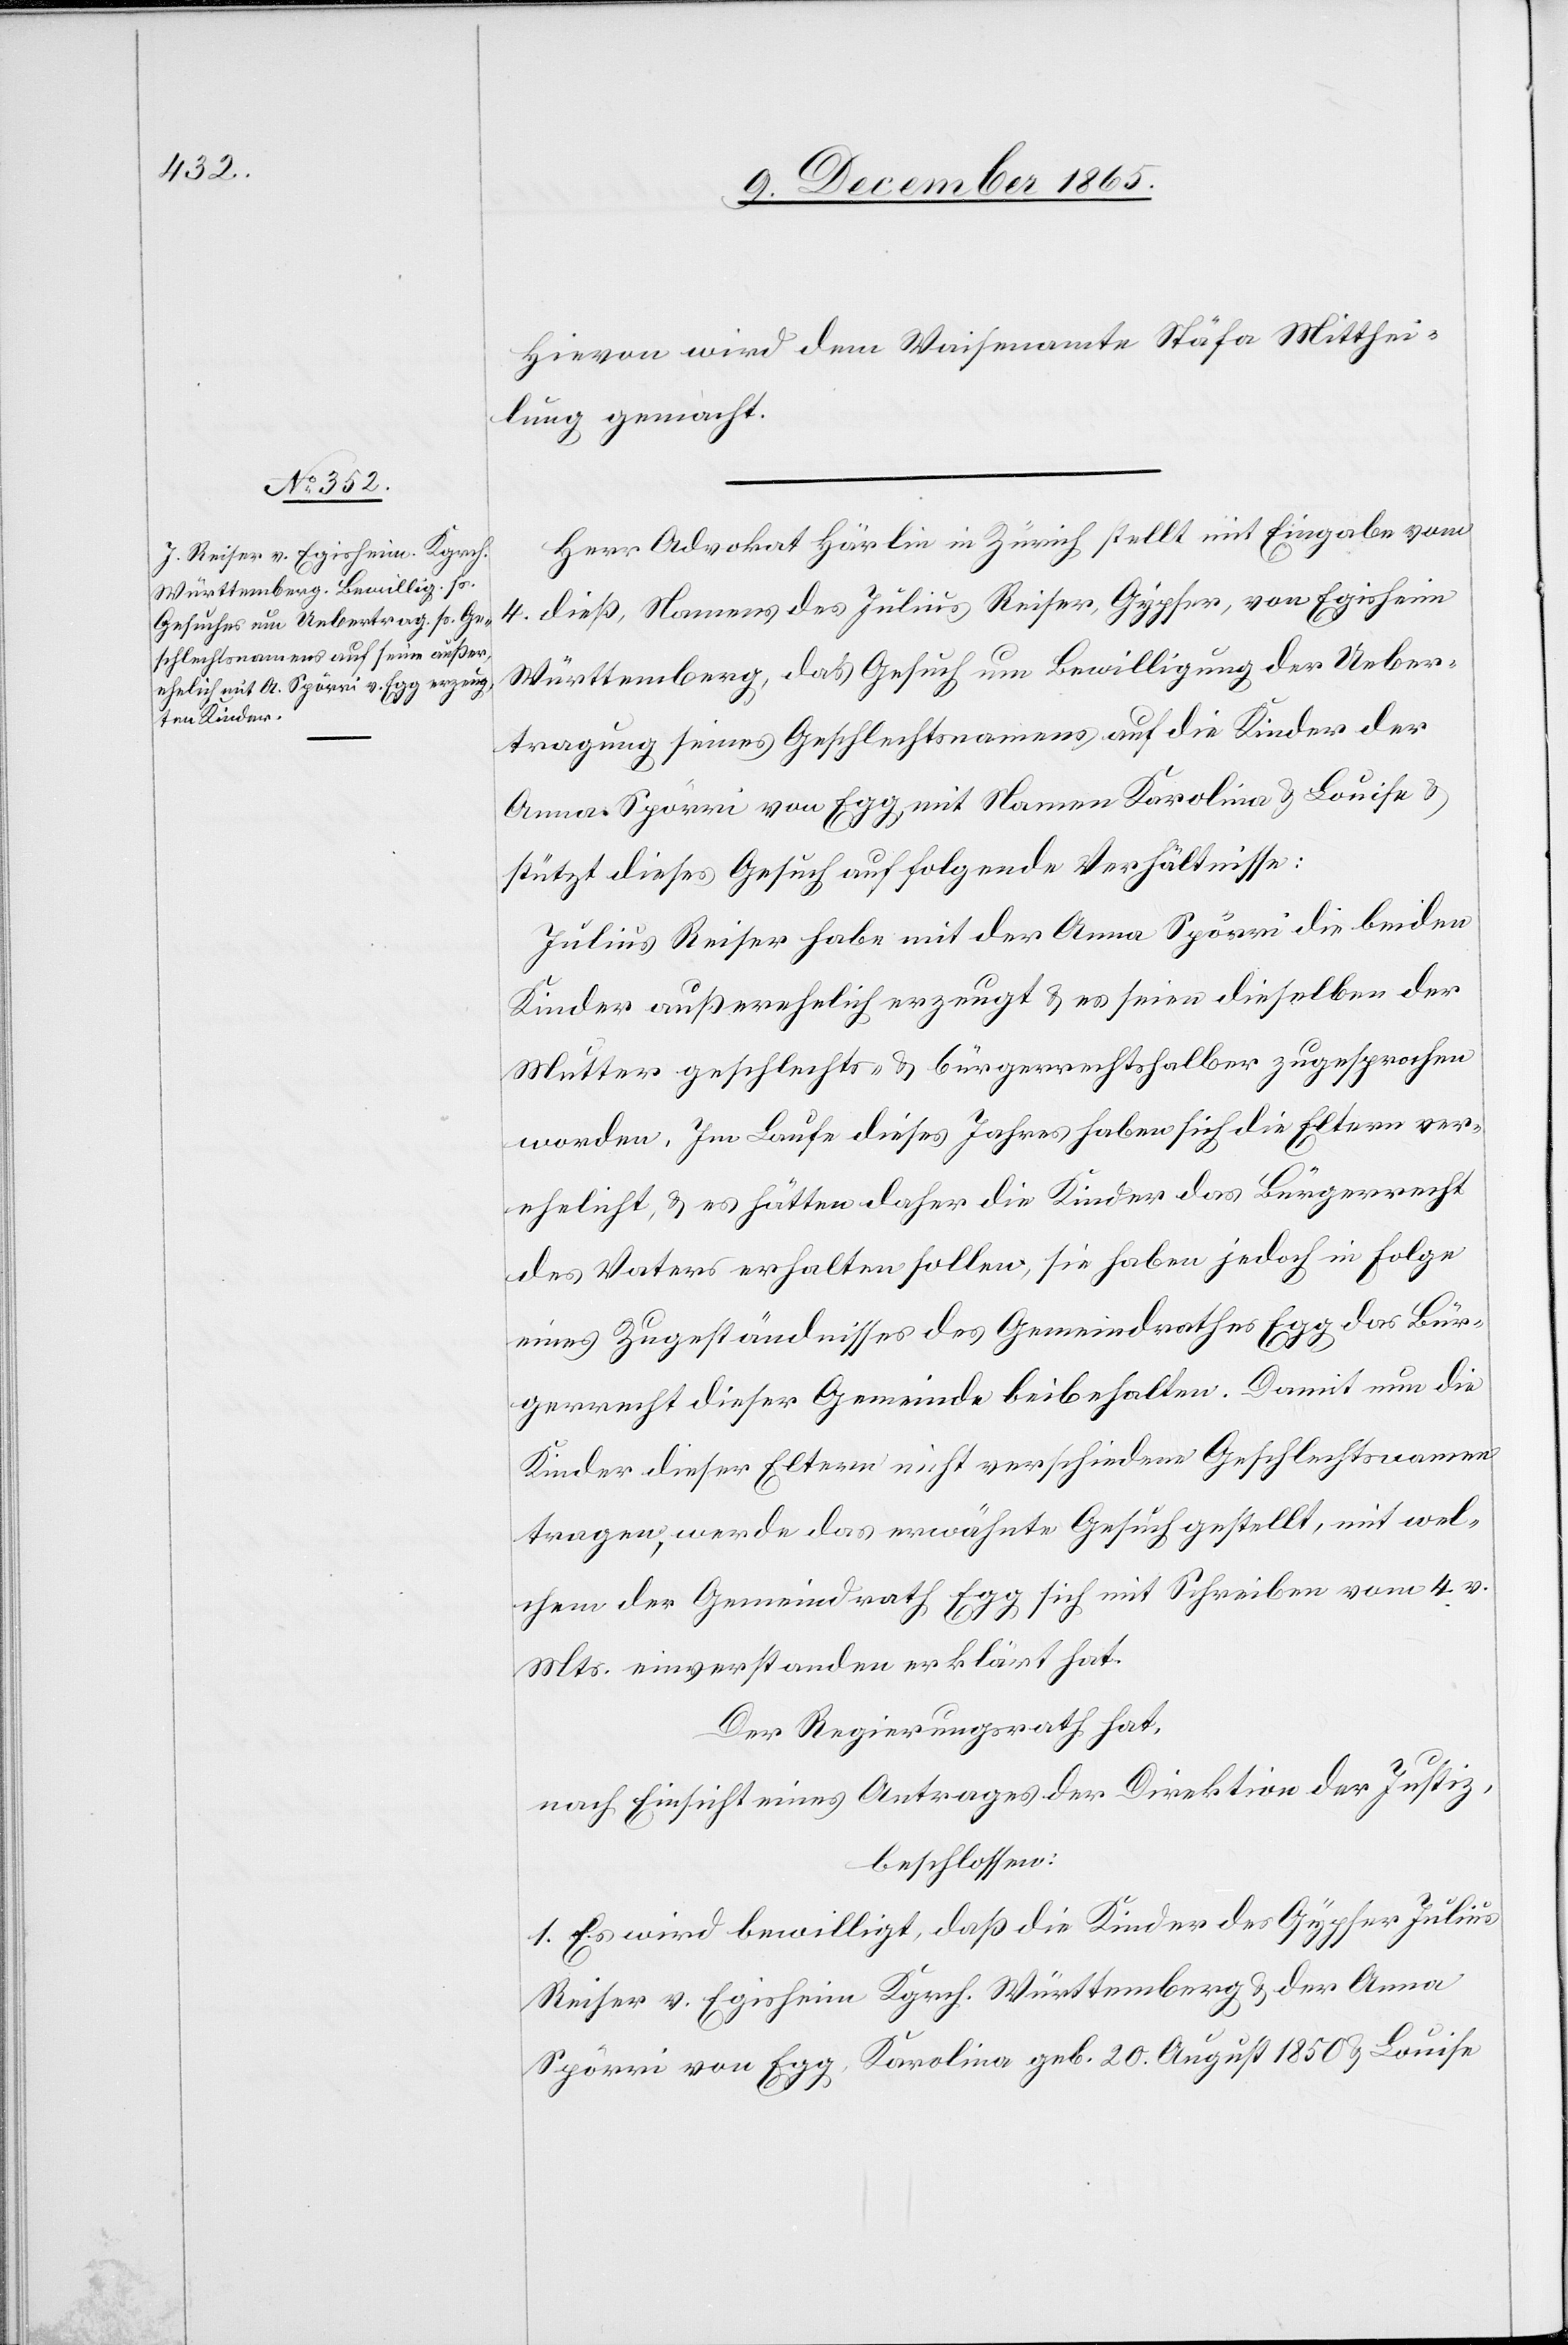
Hievon wird dem Waisenamte Stäfa Mitthei¬
lung gemacht.
Herr Advokat Härlin in Zürich stellt mit Eingabe vom
4. dieß, Namens des Julius Reiser, Gypser, von Egisheim
Württemberg, das Gesuch um Bewilligung der Ueber¬
tragung seines Geschlechtsnamens auf die Kinder der
Anna Spörri von Egg, mit Namen Karolina & Louise &
stützt dieses Gesuch auf folgende Verhältnisse:
Julius Reiser habe mit der Anna Spörri die beiden
Kinder außerehelich erzeugt & es seien dieselben der
Mutter geschlechts- & bürgerrechtshalber zugesprochen
worden. Im Laufe dieses Jahres haben sich die Eltern ver¬
ehelicht, & es hätten daher die Kinder das Bürgerrecht
des Vaters erhalten sollen, sie haben jedoch in Folge
eines Zugeständnisses des Gemeindrathes Egg das Bür¬
gerrecht dieser Gemeinde beibehalten. Damit nun die
Kinder dieser Eltern nicht verschiedene Geschlechtsnamen
tragen, werde das erwähnte Gesuch gestellt, mit wel¬
chem der Gemeindrath sich mit Schreiben vom 4. v.
Mts. einverstanden erklärt hat.
Der Regierungsrath hat,
nach Einsicht eines Antrages der Direktion der Justiz,
beschlossen:
1. Es wird bewilligt, daß die Kinder des Gypser Julius
Reiser v. Egisheim Kgrch. Württemberg & der Anna
Spörri von Egg, Karolina geb. 20 August 1850 & Louise